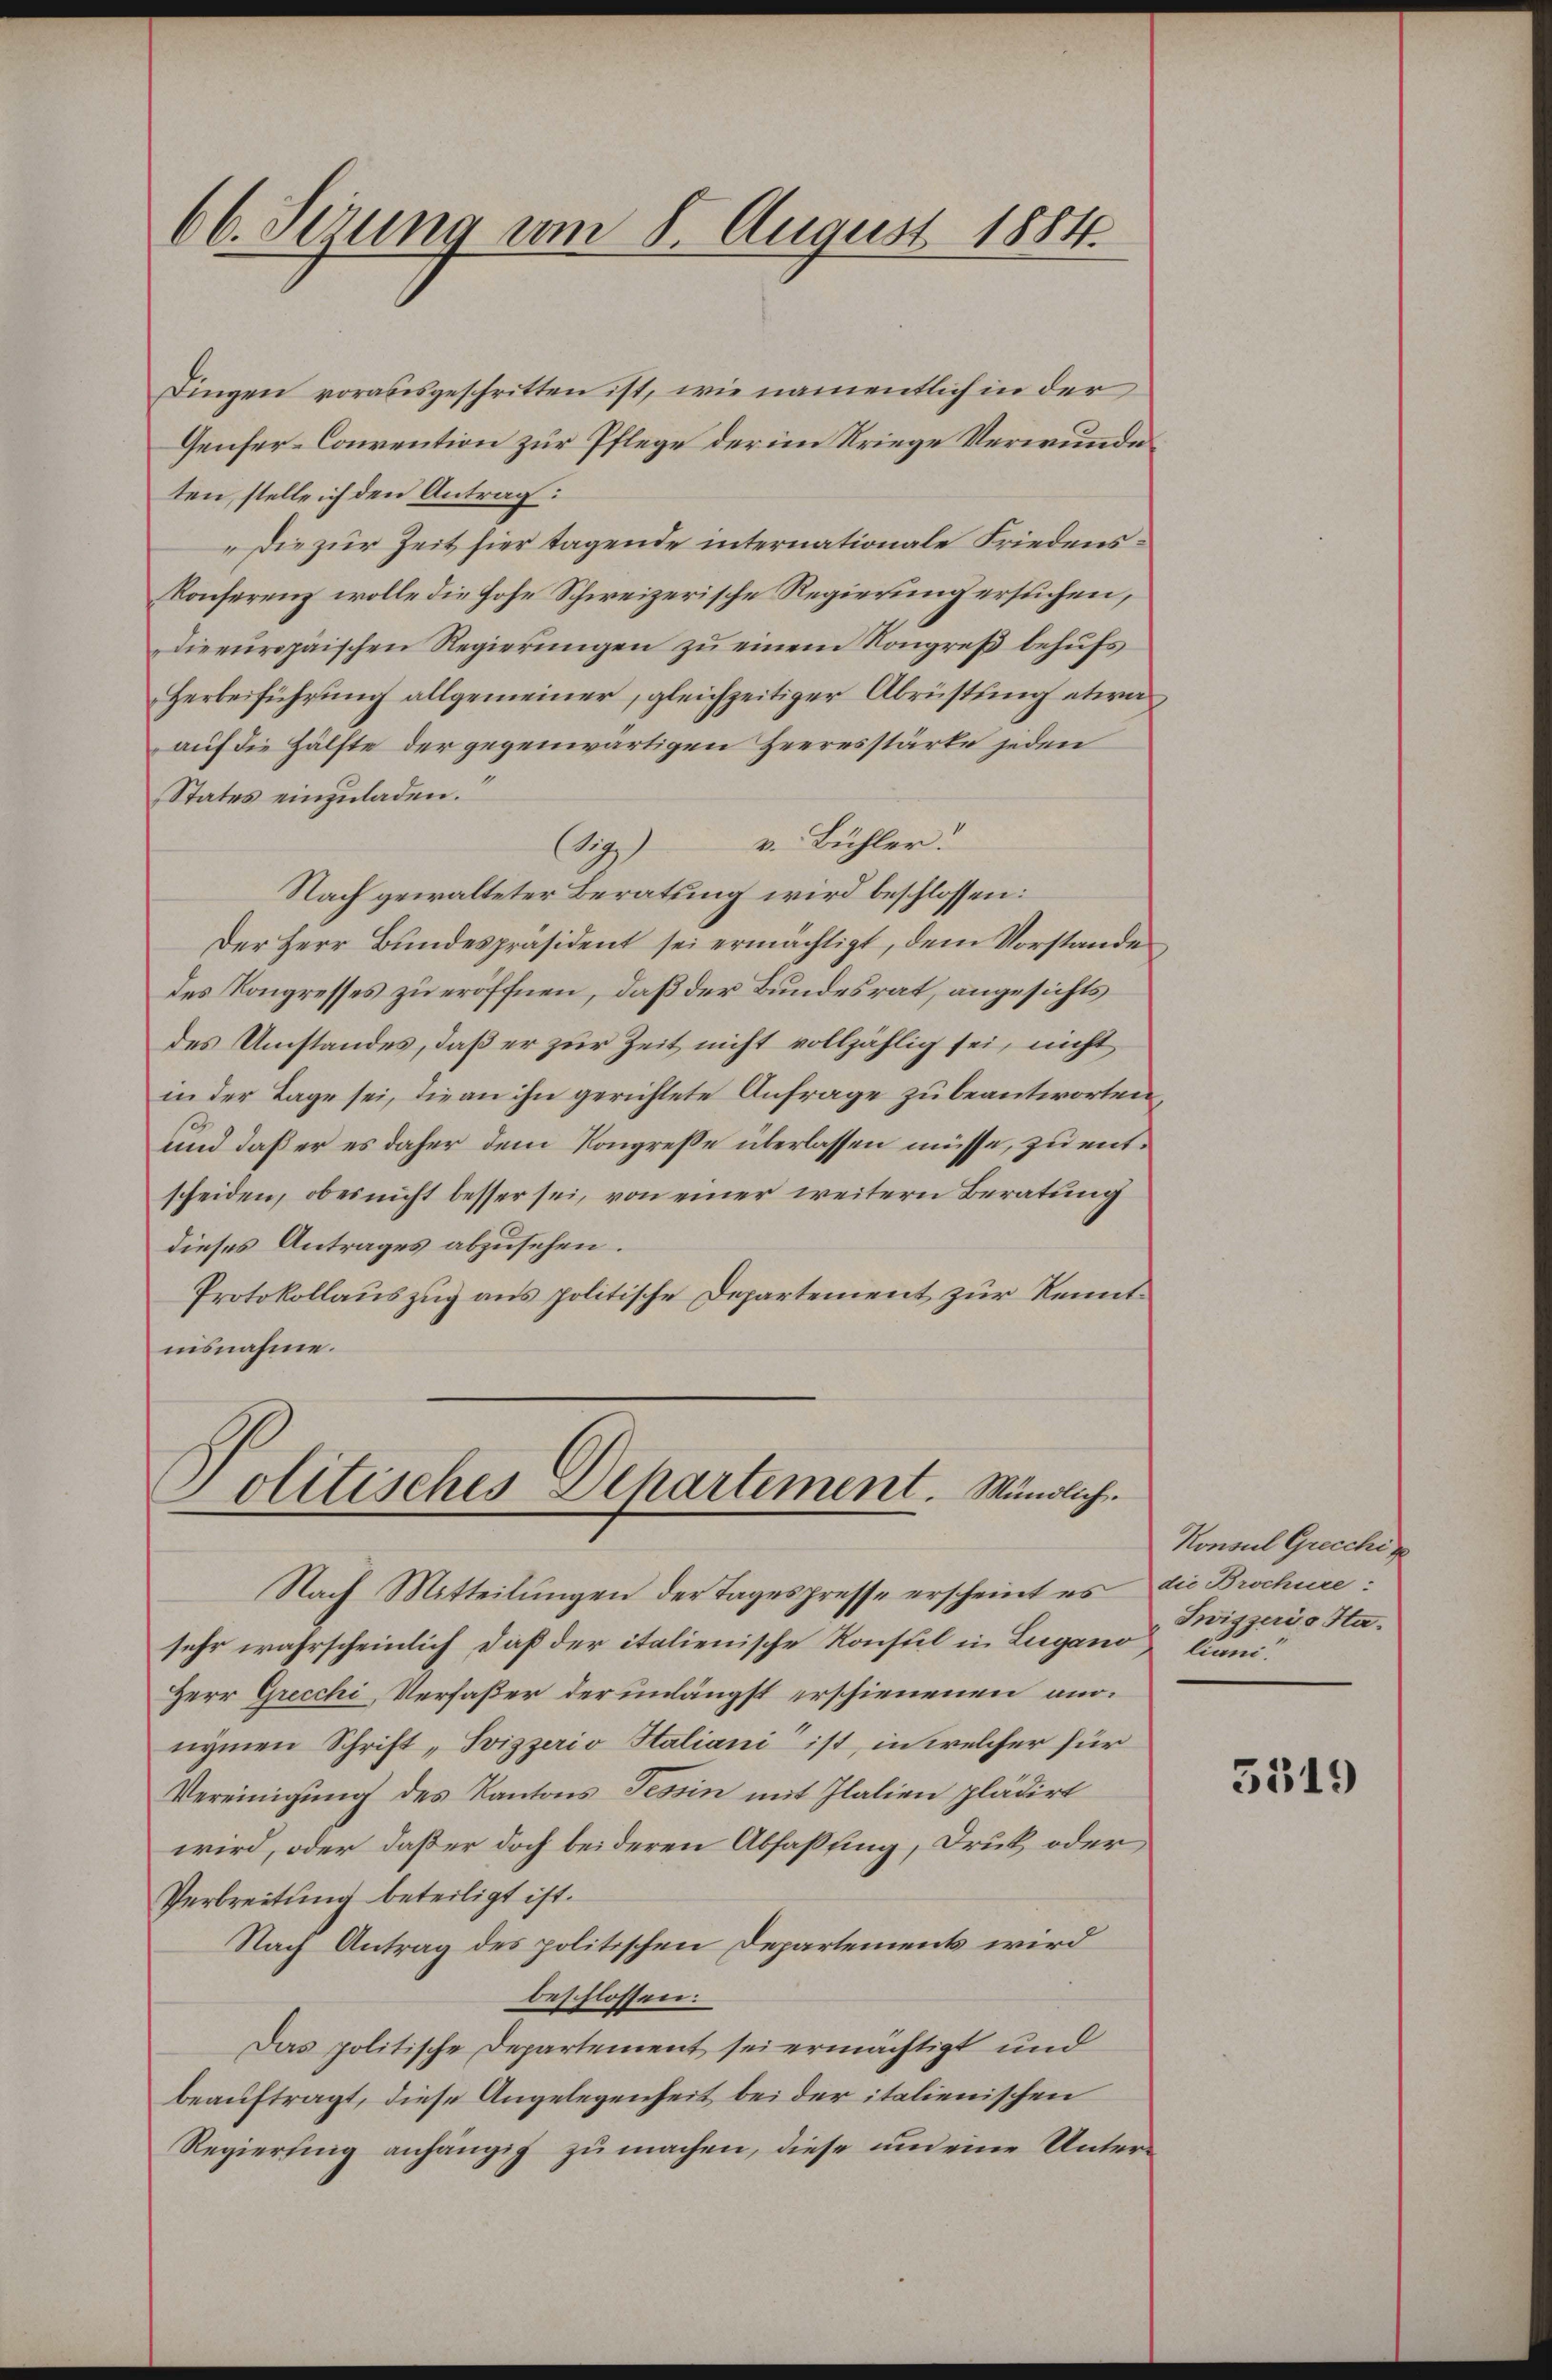
66. Sezung vom 8. August 1884.

Dingen vorausgeschritten ist, wie namentlich in der
Genfer-Convention zur Pflege der im Kriege Verwunde
ten, stelle ich den Antrag:
„Die zur Zeit hier tagende internationale Friedens¬
Konserenz wolle die hohe Schweizerische Regierung ersuchen,
dieeuropaischen Regierungen zu einem Kongreß behufs
Herbeiführung allgemeiner, gleichzeitiger Abrüstung etwa
auf die Hälfte der gegenwärtigen Heeresstärke jeden
States einzuladen.
ig) v. Bühler.
Nach gewalteter Beratung wird beschlossen:
Der Herr Bundespräsident sei ermächtigt, dem Vorstande
des Kongresses zu eröffnen, daß der Bundesrat, angesichts
des Umstandes, daß er zur Zeit nicht vollzählig sei, nicht
in der Tage sei, die an ihn gerichtete Anfrage zu beantworten,
und daß er es daher dem Kongreße überlassen müsse, zu entscheiden, ob es nicht besser sei, von einer weitern Beratung
dieses Antrages abzusehen.
Protokollauszug aus politische Departement zur Kenntnisnahme.

Politisches Dehartement. Mündliche

Nach Mitteilungen der Tagespresse erscheint es die Brochüre:
sehr wahrscheinlich, daß der italienische Konsul in Lugano liani¬
Herr Grecchi, Verfaßer der unlängst erschienenen annymen Schrift „Svizzerio Italiani“ ist, in welcher für
Vereinigung des Kantons Tessin mit Italien plädirt
wird, oder daß er doch beideren Abfaßung, Druk oder
Verbreitung beteiligt ist.
Nach Antrag des politischen Departement wird
beschlossen:
Das politische Departement sei ermächtigt und
beauftragt, diese Angelegenheit bei der italienischen
Regierung anhängig zu machen, diese um eine Unter¬

Konsul Grecchin
Swiszeris Sta¬

3319